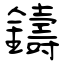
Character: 鑄